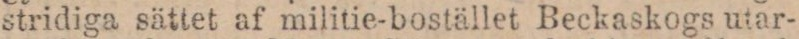
stridiga sättet af militie-bostället Beckaskogs utar-